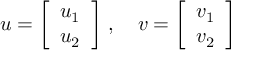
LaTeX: u = { \left[ \begin{array} { l } { u _ { 1 } } \\ { u _ { 2 } } \end{array} \right] } ~ , \quad v = { \left[ \begin{array} { l } { v _ { 1 } } \\ { v _ { 2 } } \end{array} \right] }